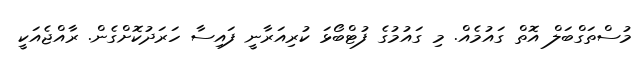
މުސްތަގްބަލް އޮތް ގައުމެއް. މި ގައުމުގެ ފުޓްބޯޅަ ކުރިއަރާނީ ފައިސާ ހަރަދުކޮށްގެން. ރާއްޖެއަކީ